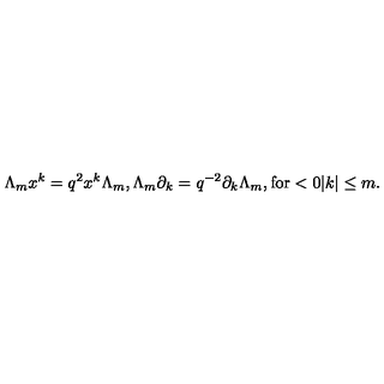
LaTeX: \Lambda _ { m } x ^ { k } = q ^ { 2 } x ^ { k } \Lambda _ { m } , \Lambda _ { m } \partial _ { k } = q ^ { - 2 } \partial _ { k } \Lambda _ { m } , \mathrm { f o r } < 0 \vert k \vert \leq m .